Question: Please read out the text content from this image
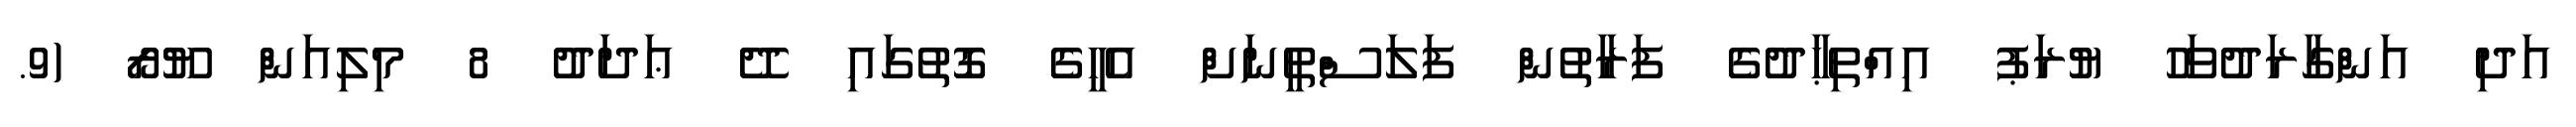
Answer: އަދި އަންގާރަދުވަހު ޔުރަޕު އިއްތިޙާދުގެ ފަރާތުން ފަލަސްތީނަށް އެހީގެ ގޮތުގައި ދޭ ޢަދަދު 8 މިލިއަން ޔޫރޯ (9.